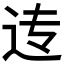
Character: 𲅐